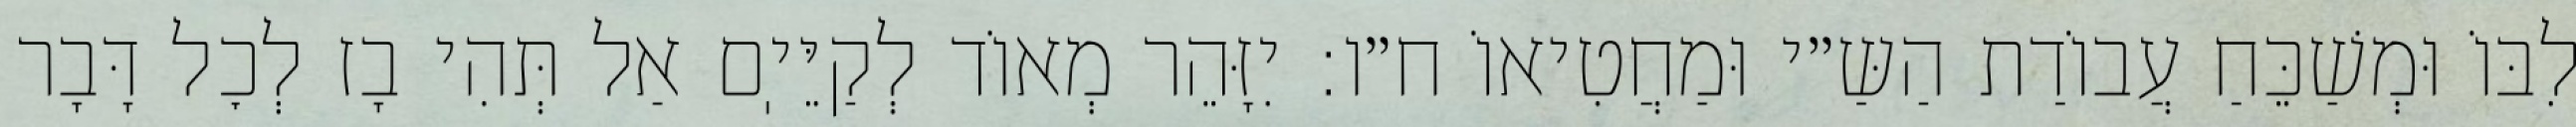
לִבּוֹ וּמְשַׁכֵּחַ עֲבוֹדַת הַשַּ״י וּמַחֲטִיאוֹ ח״ו: יִזָּהֵר מְאוֹד לְקַיֵּיֽם אַל תְּהִי בָז לְכׇל דָּבָר